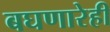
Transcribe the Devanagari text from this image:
बघणारेही